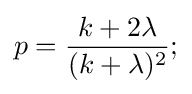
p={\frac {k+2\lambda }{(k+\lambda )^{2}}};